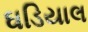
ઘડિયાલ